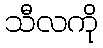
သီလကို